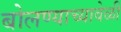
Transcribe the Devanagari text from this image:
बोलण्याच्यावेळी